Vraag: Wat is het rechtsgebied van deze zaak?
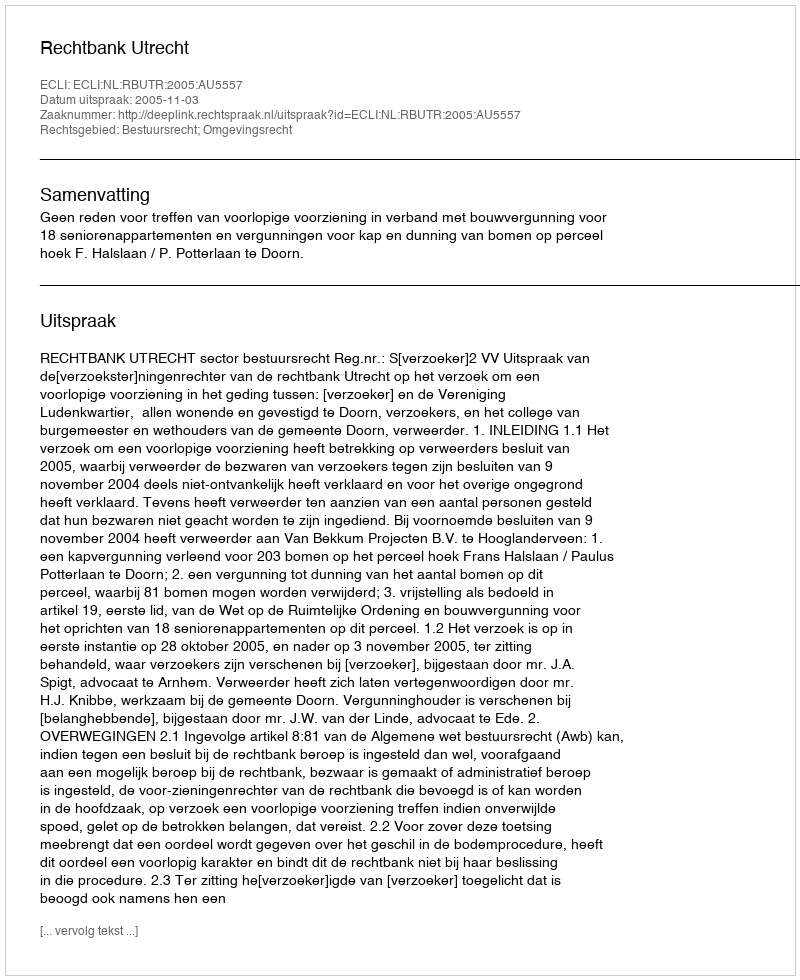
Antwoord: Bestuursrecht; Omgevingsrecht